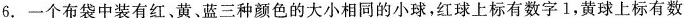
6.一个布袋中装有红、黄、蓝三种颜色的大小相同的小球，红球上标有数字1，黄球上标有数